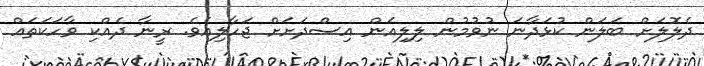
ދެލޮލަށް ބަލަން ކުޅަދާނަ ނުވުމުން ލިލިއަން އިސްދަށަށް ޖަހާލިއެވެ. ރީނާ ދެއްކި ވާހަކަތައް